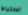
الاحتياط